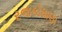
રજકોધાણા